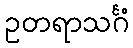
ဥတရာသင်္ဂံ